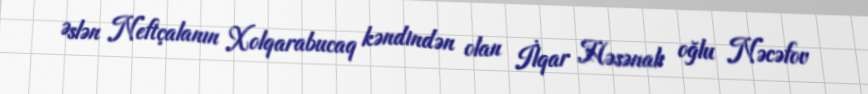
Əslən Neftçalanın Xolqarabucaq kəndindən olan İlqar Həsənalı oğlu Nəcəfov